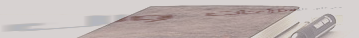
مقهى النيل للاستراحات وال